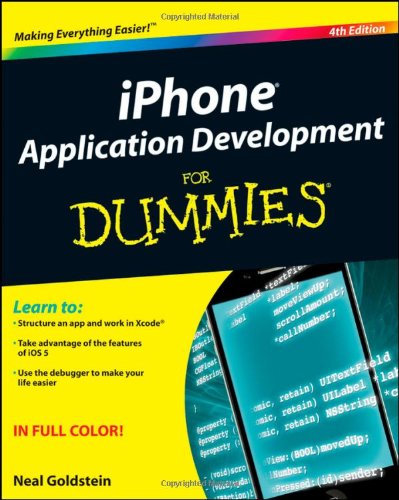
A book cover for iPhone Application Development For Dummies; Neal Goldstein; Computers & Technology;